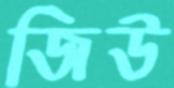
জিউ